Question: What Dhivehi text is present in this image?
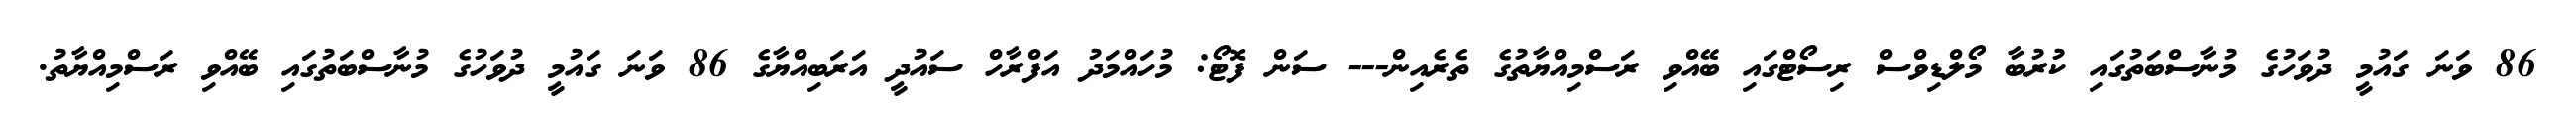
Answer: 86 ވަނަ ގައުމީ ދުވަހުގެ މުނާސްބަތުގައި ކުރުބާ މޯލްޑިވްސް ރިސޯޓްގައި ބޭއްވި ރަސްމިއްޔާތުގެ ތެރެއިން--- ސަން ފޮޓޯ: މުހައްމަދު އަފްރާހް ސައުދީ އަރަބިއްޔާގެ 86 ވަނަ ގައުމީ ދުވަހުގެ މުނާސްބަތުގައި ބޭއްވި ރަސްމިއްޔާތު.